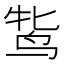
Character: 𬸋